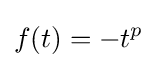
f(t)=-t^{p}